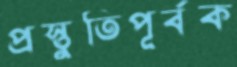
প্রস্তুতিপূর্বক